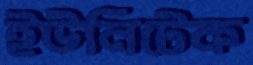
ইউনিটেক